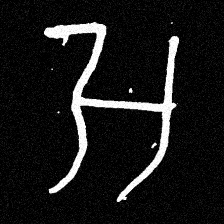
Pyu character \u2014 Myanmar letter: အ (romanized: a)